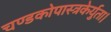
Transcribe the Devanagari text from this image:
चण्डकोपास्त्रकेर्युता।